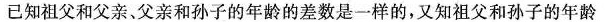
已知祖父和父亲、父亲和孙子的年龄的差数是一样的，又知祖父和孙子的年龄